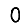
Digit: 0